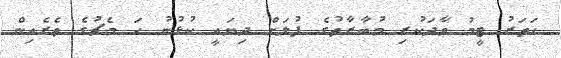
ހަތަރު ޓީމު ވާދަކުރި މުބާރާތުގެ ފުލަށް ދިޔައީ ކުޅުނު ހަ މެޗުގެ ތެރެއިން